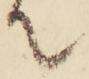
て